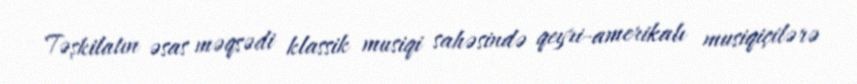
Təşkilatın əsas məqsədi klassik musiqi sahəsində qeyri-amerikalı musiqiçilərə